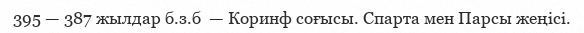
395 — 387 жылдар б.з.б  — Коринф соғысы. Спарта мен Парсы жеңісі.